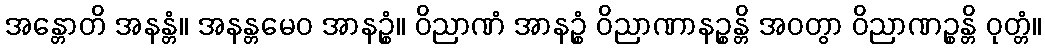
အန္တောတိ အနန္တံ။ အနန္တမေဝ အာနဉ္စံ။ ဝိညာဏံ အာနဉ္စံ ဝိညာဏာနဉ္စန္တိ အဝတွာ ဝိညာဏဉ္စန္တိ ဝုတ္တံ။